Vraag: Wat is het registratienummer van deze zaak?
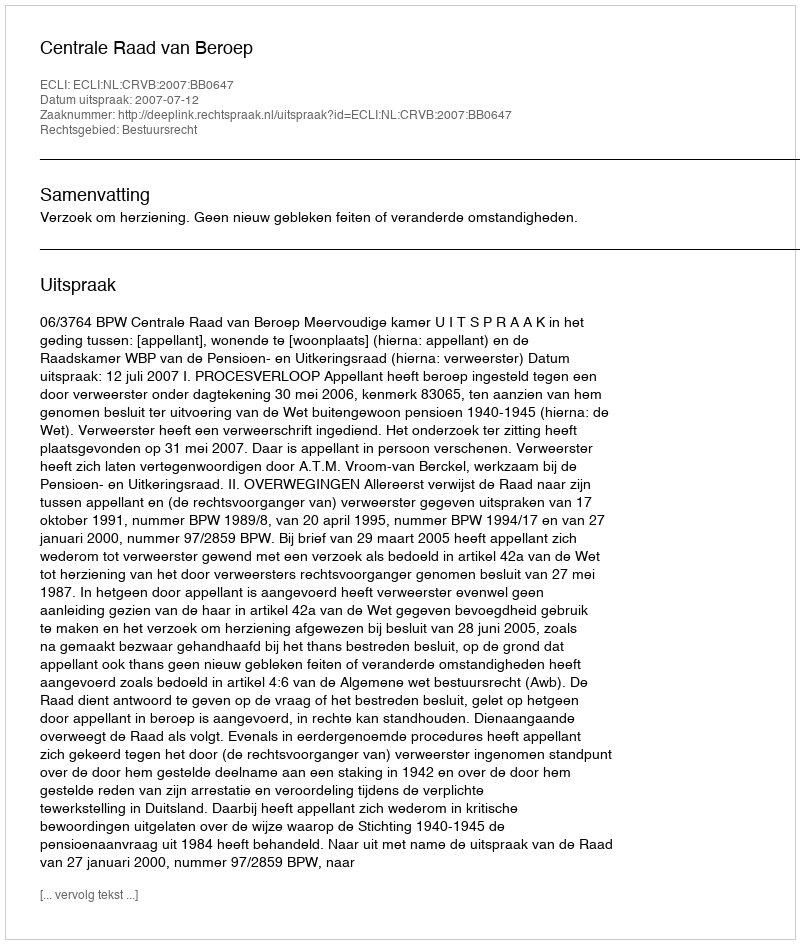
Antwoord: http://deeplink.rechtspraak.nl/uitspraak?id=ECLI:NL:CRVB:2007:BB0647